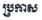
ប្រកាស